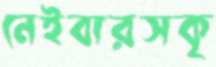
নেইবারসকৃ